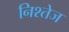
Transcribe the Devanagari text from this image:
निश्तेज